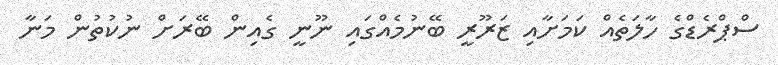
ސްޕްރެޑްގެ ހާލަތެއް ކަމަށާއި ޒަރޫރީ ބޭނުމެއްގައި ނޫނީ ގެއިން ބޭރަށް ނުކުތުން މަނާ